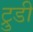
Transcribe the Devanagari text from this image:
ट्रुडी